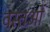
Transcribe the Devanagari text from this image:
वस्‍तओं